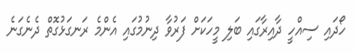
ހޯދައި ސިއްހީ ދާއިރާގައި ބަލި މީހަކަށް ފަރުވާ ދިނުމުގައި އެންމެ ރަނގަޅުގޮތް ދެނެގަނެ